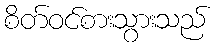
စိတ်ဝင်စားသွားသည်